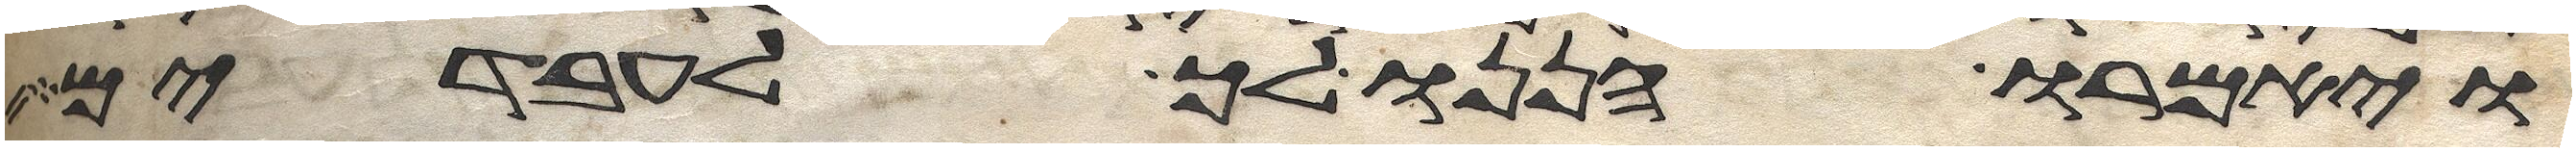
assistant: ויאמרו הננו לך לעבדים